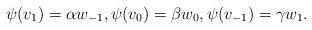
LaTeX: \begin{align*}\psi(v_1) = \alpha w_{-1}, \psi(v_0) = \beta w_0, \psi(v_{-1}) = \gamma w_1.\end{align*}